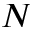
N